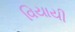
વિયાયી